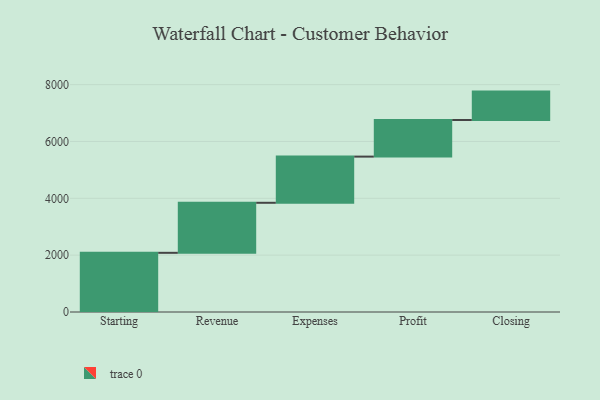
{"axis": {"x": "Step", "y": "Value"}, "legend": [""], "data": [{"x": "Starting", "y": 2082.0, "type": ""}, {"x": "Revenue", "y": 1760.0, "type": ""}, {"x": "Expenses", "y": 1625.0, "type": ""}, {"x": "Profit", "y": 1287.0, "type": ""}, {"x": "Closing", "y": 1000, "type": ""}]}